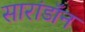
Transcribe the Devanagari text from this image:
सारांडॉन